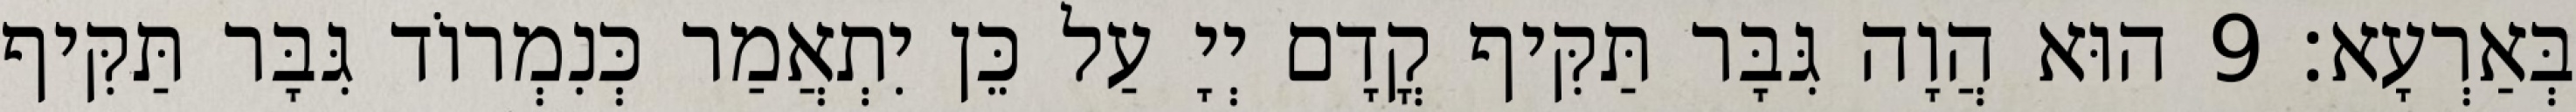
בְּאַרְעָא׃ 9 הוּא הֲוָה גִּבָּר תַּקִּיף קֳדָם יְיָ עַל כֵּן יִתְאֲמַר כְּנִמְרוֹד גִּבָּר תַּקִּיף